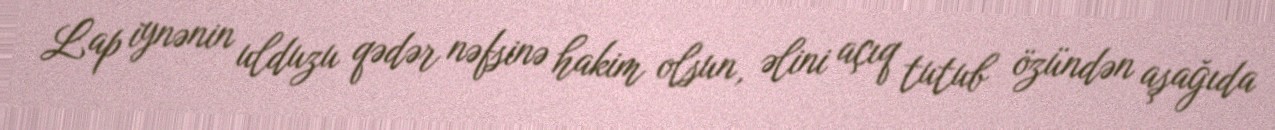
Lap iynənin ulduzu qədər nəfsinə hakim olsun, əlini açıq tutub özündən aşağıda